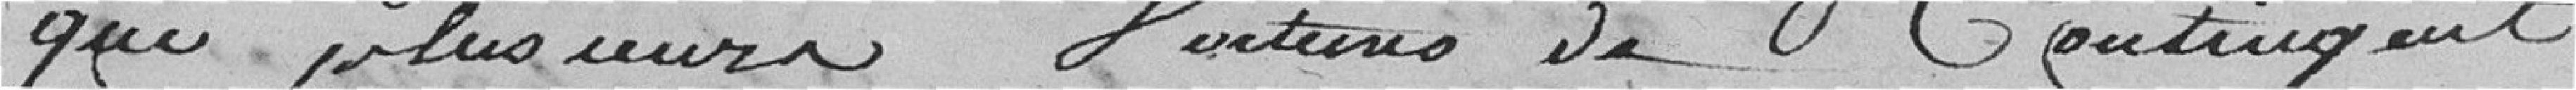
que plusieurs voitures de contingents